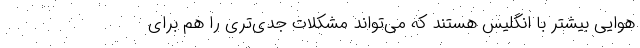
هوایی بیشتر با انگلیس هستند که می‌تواند مشکلات جدی‌تری را هم برای